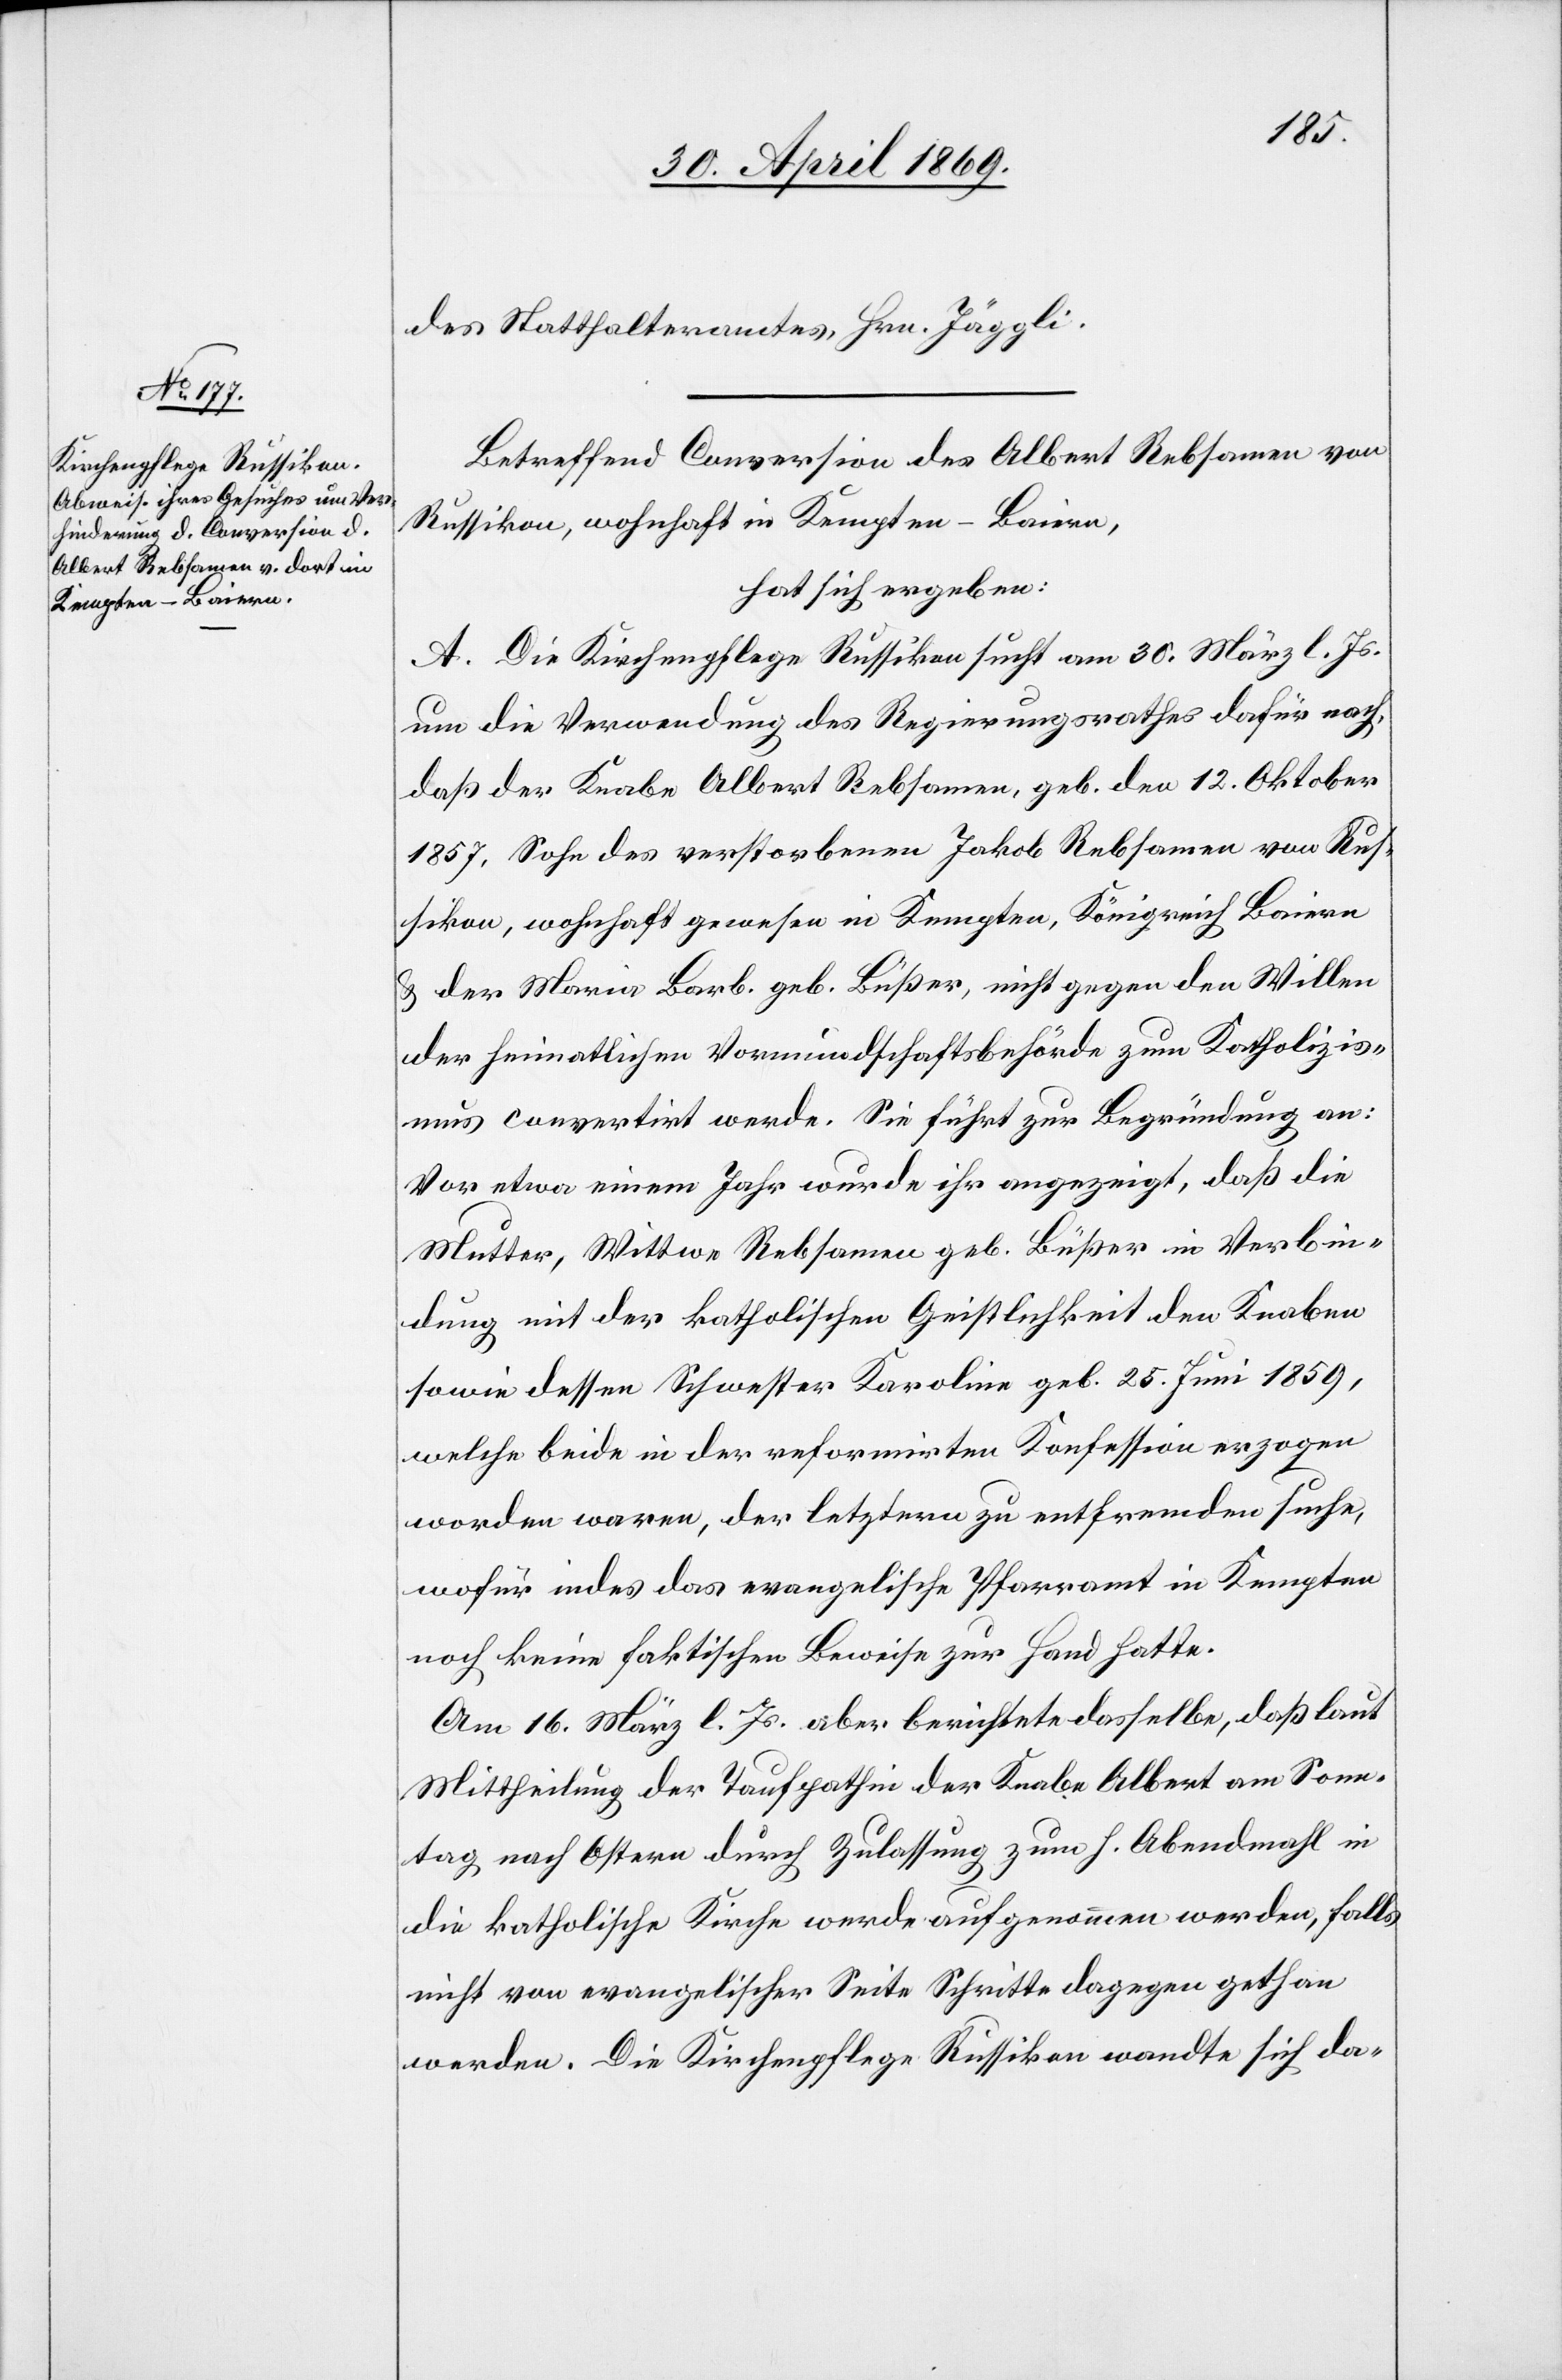
des Statthalteramtes, Hrn. Jäggli.
Betreffend Conversion des Albert Rebsamen von
Russikon, wohnhaft in Kempten - Baiern,
hat sich ergeben:
A. Die Kirchenpflege Russikon sucht am 30. März l. Js.
um die Verwendung des Regierungsrathes dafür nach,
daß der Knabe Albert Rebsamen, geb. den 12. Oktober
1857, Sohn des verstorbenen Jakob Rebsamen von Rus¬
sikon, wohnhaft gewesen in Kempten, Königreich Baiern
u. der Maria Barb. geb. Büßer, nicht gegen den Willen
der heimatlichen Vormundschaftsbehörde zum Katholizis¬
mus convertirt werde. Sie führt zur Begründung an:
Vor etwa einem Jahr wurde ihr angezeigt, daß die
Mutter, Wittwe Rebsamen geb. Büßer in Verbin¬
dung mit der katholischen Geistlichkeit den Knaben
sowie dessen Schwester Karoline geb. 25. Juni 1859,
welche beide in der reformirten Konfession erzogen
worden waren, der letztern zu entfremden suche,
wofür indes das evangelische Pfarramt in Kempten
noch keine faktischen Beweise zur Hand hatte.
Am 16. März l. Js. aber berichtete dasselbe, daß laut
Mittheilung der Taufpathin der Knabe Albert am Sonn¬
tag nach Ostern durch Zulassung zum h. Abendmahl in
die katholische Kirche werde aufgenommen werden, falls
nicht von evangelischer Seite Schritte dagegen gethan
werden. Die Kirchenpflege Russikon wandte sich da-